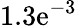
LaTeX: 1.3\mathrm{e}^{-3}